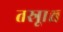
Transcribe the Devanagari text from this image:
तस्रूाश्च